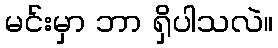
မင်းမှာ ဘာ ရှိပါသလဲ။